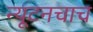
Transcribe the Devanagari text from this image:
न्यूटनचाच